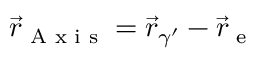
\vec { r } _ { \textrm { A x i s } } = \vec { r } _ { \gamma ^ { \prime } } - \vec { r } _ { \textrm { e } }